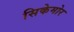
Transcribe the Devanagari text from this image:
सिकेमोर